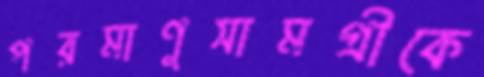
পরমাণুসামগ্রীকে